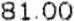
81.00